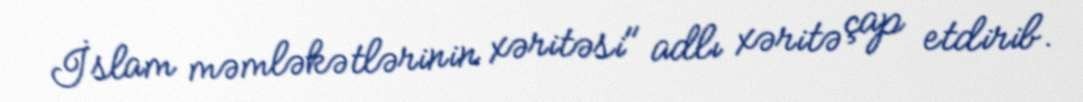
İslam məmləkətlərinin xəritəsi" adlı xəritə çap etdirib.